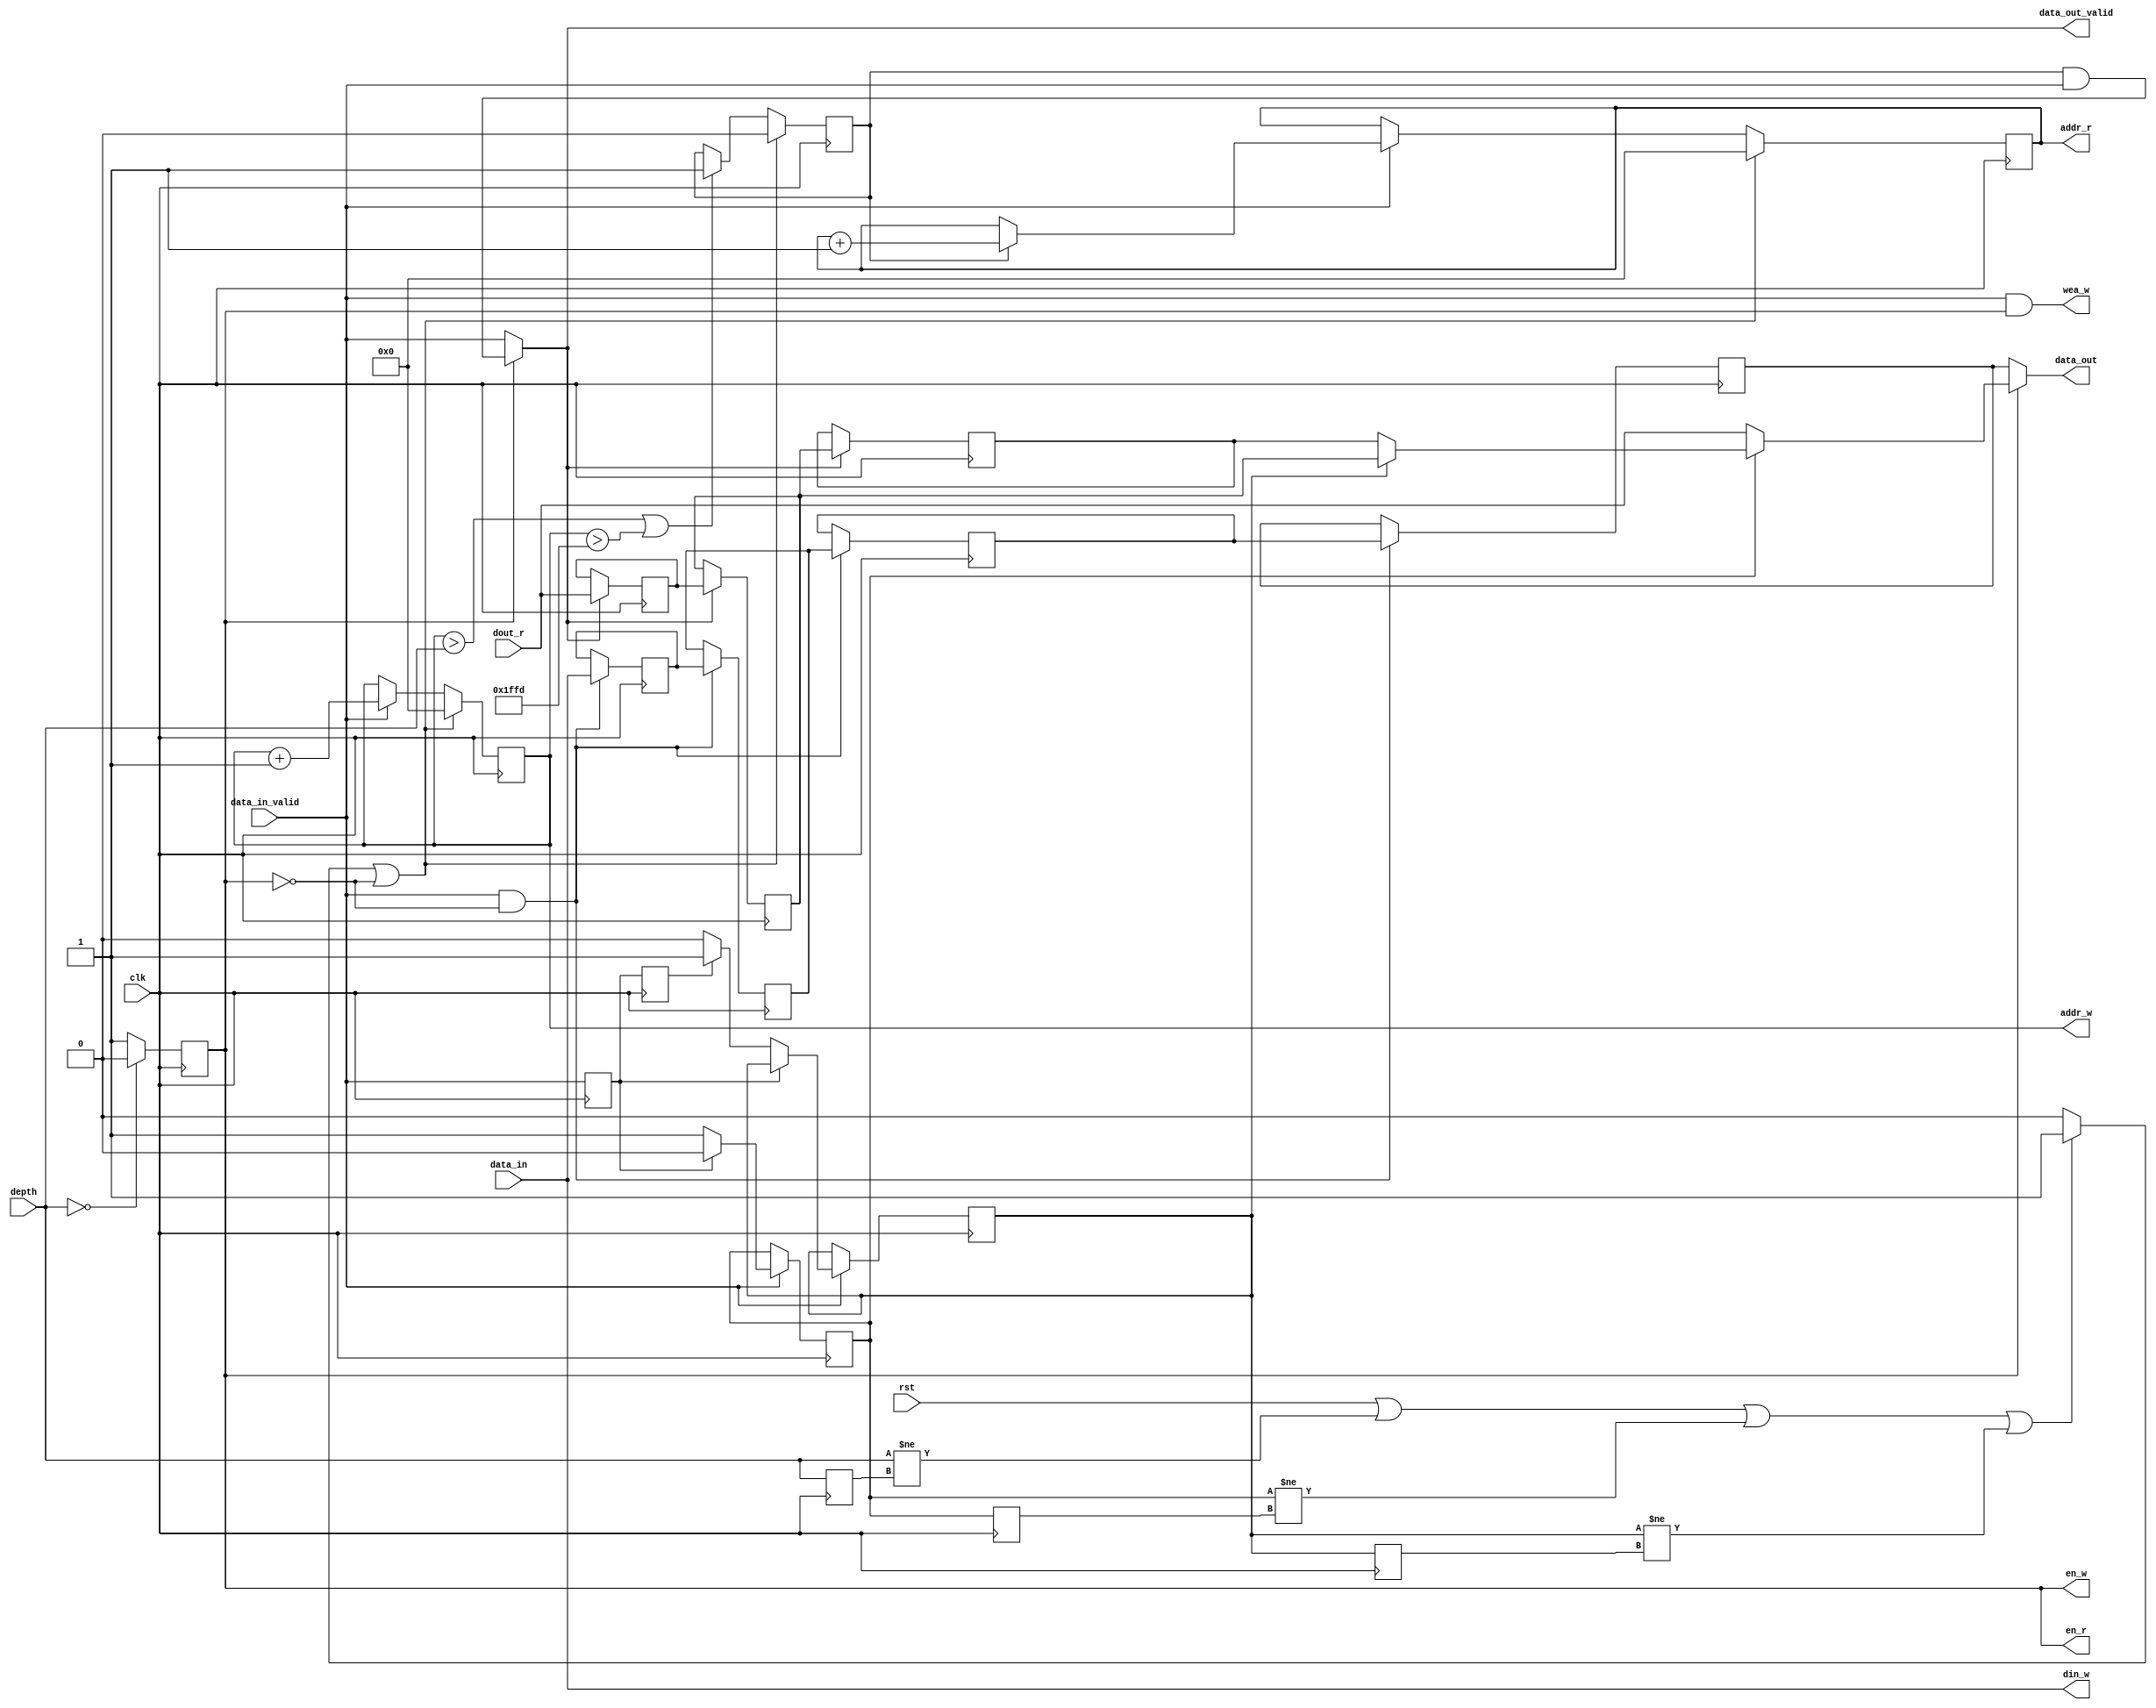
// ***************************************************************************
// ***************************************************************************
// Copyright 2014 - 2017 (c) Analog Devices, Inc. All rights reserved.
//
// In this HDL repository, there are many different and unique modules, consisting
// of various HDL (Verilog or VHDL) components. The individual modules are
// developed independently, and may be accompanied by separate and unique license
// terms.
//
// The user should read each of these license terms, and understand the
// freedoms and responsibilities that he or she has by using this source/core.
//
// This core is distributed in the hope that it will be useful, but WITHOUT ANY
// WARRANTY; without even the implied warranty of MERCHANTABILITY or FITNESS FOR
// A PARTICULAR PURPOSE.
//
// Redistribution and use of source or resulting binaries, with or without modification
// of this file, are permitted under one of the following two license terms:
//
//   1. The GNU General Public License version 2 as published by the
//      Free Software Foundation, which can be found in the top level directory
//      of this repository (LICENSE_GPL2), and also online at:
//      <https://www.gnu.org/licenses/old-licenses/gpl-2.0.html>
//
// OR
//
//   2. An ADI specific BSD license, which can be found in the top level directory
//      of this repository (LICENSE_ADIBSD), and also on-line at:
//      https://github.com/analogdevicesinc/hdl/blob/master/LICENSE_ADIBSD
//      This will allow to generate bit files and not release the source code,
//      as long as it attaches to an ADI device.
//
// ***************************************************************************
// ***************************************************************************

`timescale 1ns/100ps

module util_var_fifo #(

  // parameters

  parameter DATA_WIDTH = 32,
  parameter ADDRESS_WIDTH =  13) (

  input                       clk,
  input                       rst,

  input   [31:0]              depth,

  input   [DATA_WIDTH -1:0]   data_in,
  input                       data_in_valid,

  output  [DATA_WIDTH-1:0]    data_out,
  output                      data_out_valid,

  output                      wea_w,
  output                      en_w,
  output  [ADDRESS_WIDTH-1:0] addr_w,
  output  [DATA_WIDTH-1:0]    din_w,
  output                      en_r,
  output  [ADDRESS_WIDTH-1:0] addr_r,
  input   [DATA_WIDTH-1:0]    dout_r);

  localparam      MAX_DEPTH = (2 ** ADDRESS_WIDTH) - 1;


  // internal registers

  reg [ADDRESS_WIDTH-1:0]    addra = 'd0;
  reg [ADDRESS_WIDTH-1:0]    addrb = 'd0;

  reg [31:0]            depth_d1 = 'd0;
  reg [DATA_WIDTH-1:0]  data_in_d1 = 'd0;
  reg [DATA_WIDTH-1:0]  data_in_d2 = 'd0;
  reg [DATA_WIDTH-1:0]  data_in_d3 = 'd0;
  reg [DATA_WIDTH-1:0]  data_in_d4 = 'd0;
  reg                   data_active = 'd0;
  reg                   fifo_active = 'd0;

  reg                   data_in_valid_d1 = 'd0;
  reg                   data_in_valid_d2 = 'd0;
  reg                   interpolation_on = 'd0;
  reg                   interpolation_on_d1 = 'd0;
  reg                   interpolation_by_2 = 'd0;
  reg                   interpolation_by_2_d1 = 'd0;
  reg [DATA_WIDTH-1:0]  data_out_d1 = 'd0;
  reg [DATA_WIDTH-1:0]  data_out_d2 = 'd0;
  reg [DATA_WIDTH-1:0]  data_out_d3 = 'd0;

  // internal signals

  wire                    reset;
  wire  [DATA_WIDTH-1:0]  data_out_s;
  wire                    data_out_valid_s;

  assign reset = ((rst == 1'b1) || (depth != depth_d1) || (interpolation_on != interpolation_on_d1) || (interpolation_by_2 != interpolation_by_2_d1)) ? 1 : 0;

  assign data_out = fifo_active ? data_out_s : data_in_d4;
  assign data_out_valid_s = data_active & data_in_valid;
  assign data_out_valid = fifo_active ? data_out_valid_s : data_in_valid;

  assign wea_w = data_in_valid & fifo_active;
  assign en_w = fifo_active;
  assign addr_w = addra;
  assign din_w = data_in;
  assign en_r = fifo_active;
  assign addr_r = addrb;
  assign data_out_s = interpolation_on ? (interpolation_by_2 ? data_out_d2 : data_out_d3) : dout_r;

  // in case the interpolation is on, the data is available with one sample
  // delay. If interpolation is off, the data is available with two or three
  // sample delay. Add an extra delay if interpolation is on.
  always @(posedge clk) begin
    data_in_valid_d1 <= data_in_valid;
    data_in_valid_d2 <= data_in_valid_d1;
    interpolation_on_d1 = interpolation_on;
    interpolation_by_2_d1 = interpolation_by_2;
    if  (data_in_valid == 1'b1) begin
      if (data_in_valid_d1 == 1'b1) begin
        interpolation_on <= 1'b0;
      end else begin
        interpolation_on <= 1'b1;
        if (data_in_valid_d2 == 1'b1) begin
          interpolation_by_2 <= 1'b1;
        end else begin
          interpolation_by_2 <= 1'b0;
        end
      end
    end
    if(data_out_valid == 1'b1) begin
      data_out_d1 <= dout_r;
      data_out_d2 <= data_out_d1;
      data_out_d3 <= data_out_d2;
    end
  end

  always @(posedge clk) begin
    depth_d1 <= depth;
    if (depth == 32'h0) begin
      fifo_active <= 0;
    end else begin
      fifo_active <= 1;
    end
    if (data_in_valid == 1'b1 && fifo_active == 1'b0) begin
      data_in_d1 <= data_in;
      data_in_d2 <= data_in_d1;
      data_in_d3 <= data_in_d2;
      data_in_d4 <= data_in_d3;
    end
  end

  always @(posedge clk) begin
    if(reset == 1'b1 || fifo_active == 1'b0) begin
      addra <= 0;
      addrb <= 0;
      data_active <= 1'b0;
    end else begin
      if (data_in_valid == 1'b1) begin
        addra <= addra + 1;
        if (data_active == 1'b1) begin
          addrb <= addrb + 1;
        end
      end
      if (addra > depth || addra > MAX_DEPTH - 2) begin
        data_active <= 1'b1;
      end
    end
  end

endmodule

// ***************************************************************************
// ***************************************************************************